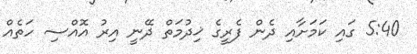
5:40 ގައި ކަމަށާއި ދެން ފެރީގެ ޚިދުމަތް ދޭނީ އިރު އޮއްސި ހަތެއް